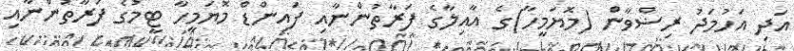
އަދި އަހުމަދު ރިޟްވާން (މޮޔަމީހާ)ގެ އާއިލާގެ ފަރާތުންނާއި ފައިންޑް މޮޔަމީހާ ޓީމުގެ ފަރާތުންނާއި